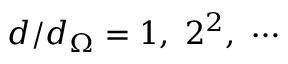
d / d _ { \Omega } = 1 , ~ 2 ^ { 2 } , ~ \cdots